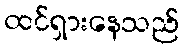
ထင်ရှားနေသည်